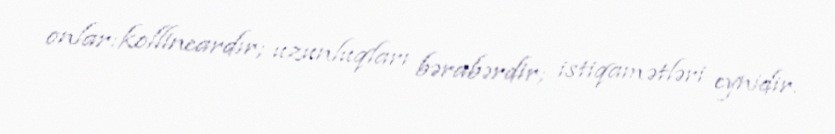
onlar:kollineardır; uzunluqları bərabərdir; istiqamətləri eynidir.